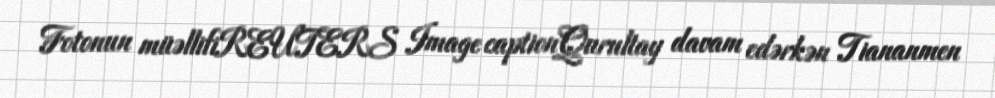
Fotonun müəllifiREUTERS Image captionQurultay davam edərkən Tiananmen